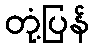
တုံ့ပြန်